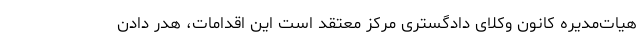
هیات‌مدیره کانون وکلای دادگستری مرکز معتقد است این اقدامات، هدر دادن